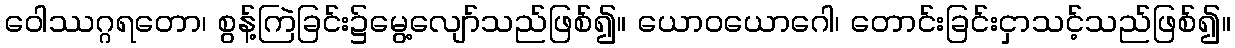
ဝေါဿဂ္ဂရတော၊ စွန့်ကြဲခြင်း၌မွေ့လျော်သည်ဖြစ်၍။ ယောဝယောဂေါ၊ တောင်းခြင်းငှာသင့်သည်ဖြစ်၍။